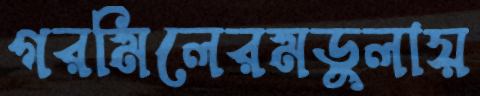
গরমিলেরমডুলায়